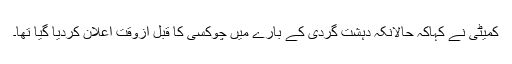
کمیٹی نے کہاکہ حالانکہ دہشت گردی کے بارے میں چوکسی کا قبل ازوقت اعلان کردیا گیا تھا۔